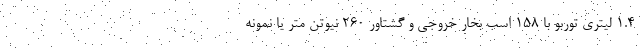
1.4 لیتری توربو با 158 اسب بخار خروجی و گشتاور 260 نیوتن متر یا نمونه